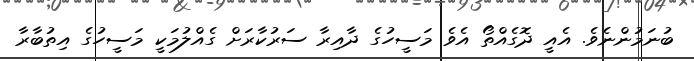
ބުނަމުންނެވެ. އެއީ ދޮގެއްތޯ އެވެ މަސީހުގެ ދާއިރާ ސަރުކާރަށް ގެއްލުމަކީ މަސީހުގެ އިތުބާރާ